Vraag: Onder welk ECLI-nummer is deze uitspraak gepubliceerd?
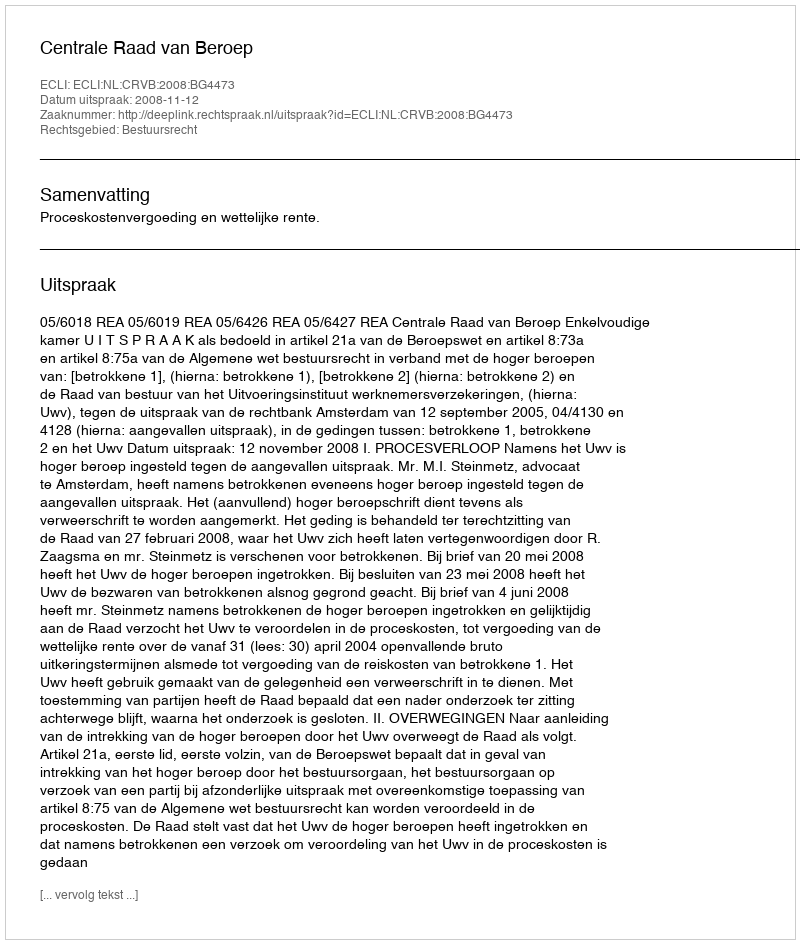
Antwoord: ECLI:NL:CRVB:2008:BG4473